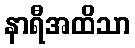
နာရီအထိသာ